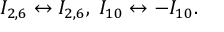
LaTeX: I _ { 2 , 6 } \leftrightarrow I _ { 2 , 6 } , \; I _ { 1 0 } \leftrightarrow - I _ { 1 0 } .